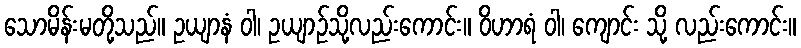
သောမိန်းမတို့သည်။ ဥယျာနံ ဝါ၊ ဥယျာဉ်သို့လည်းကောင်း။ ဝိဟာရံ ဝါ၊ ကျောင်း သို့ လည်းကောင်း။